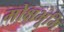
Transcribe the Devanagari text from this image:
मोक्षभूमि